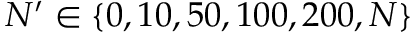
N ^ { \prime } \in \{ 0 , 1 0 , 5 0 , 1 0 0 , 2 0 0 , N \}